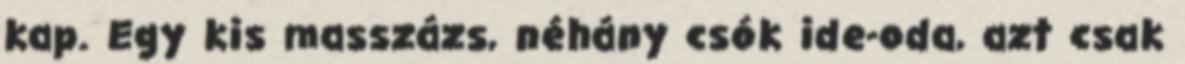
kap. Egy kis masszázs, néhány csók ide-oda, azt csak